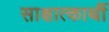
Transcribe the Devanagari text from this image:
साक्षात्कार्थी